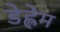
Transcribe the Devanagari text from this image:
डेह्लेम